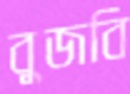
বুজবি